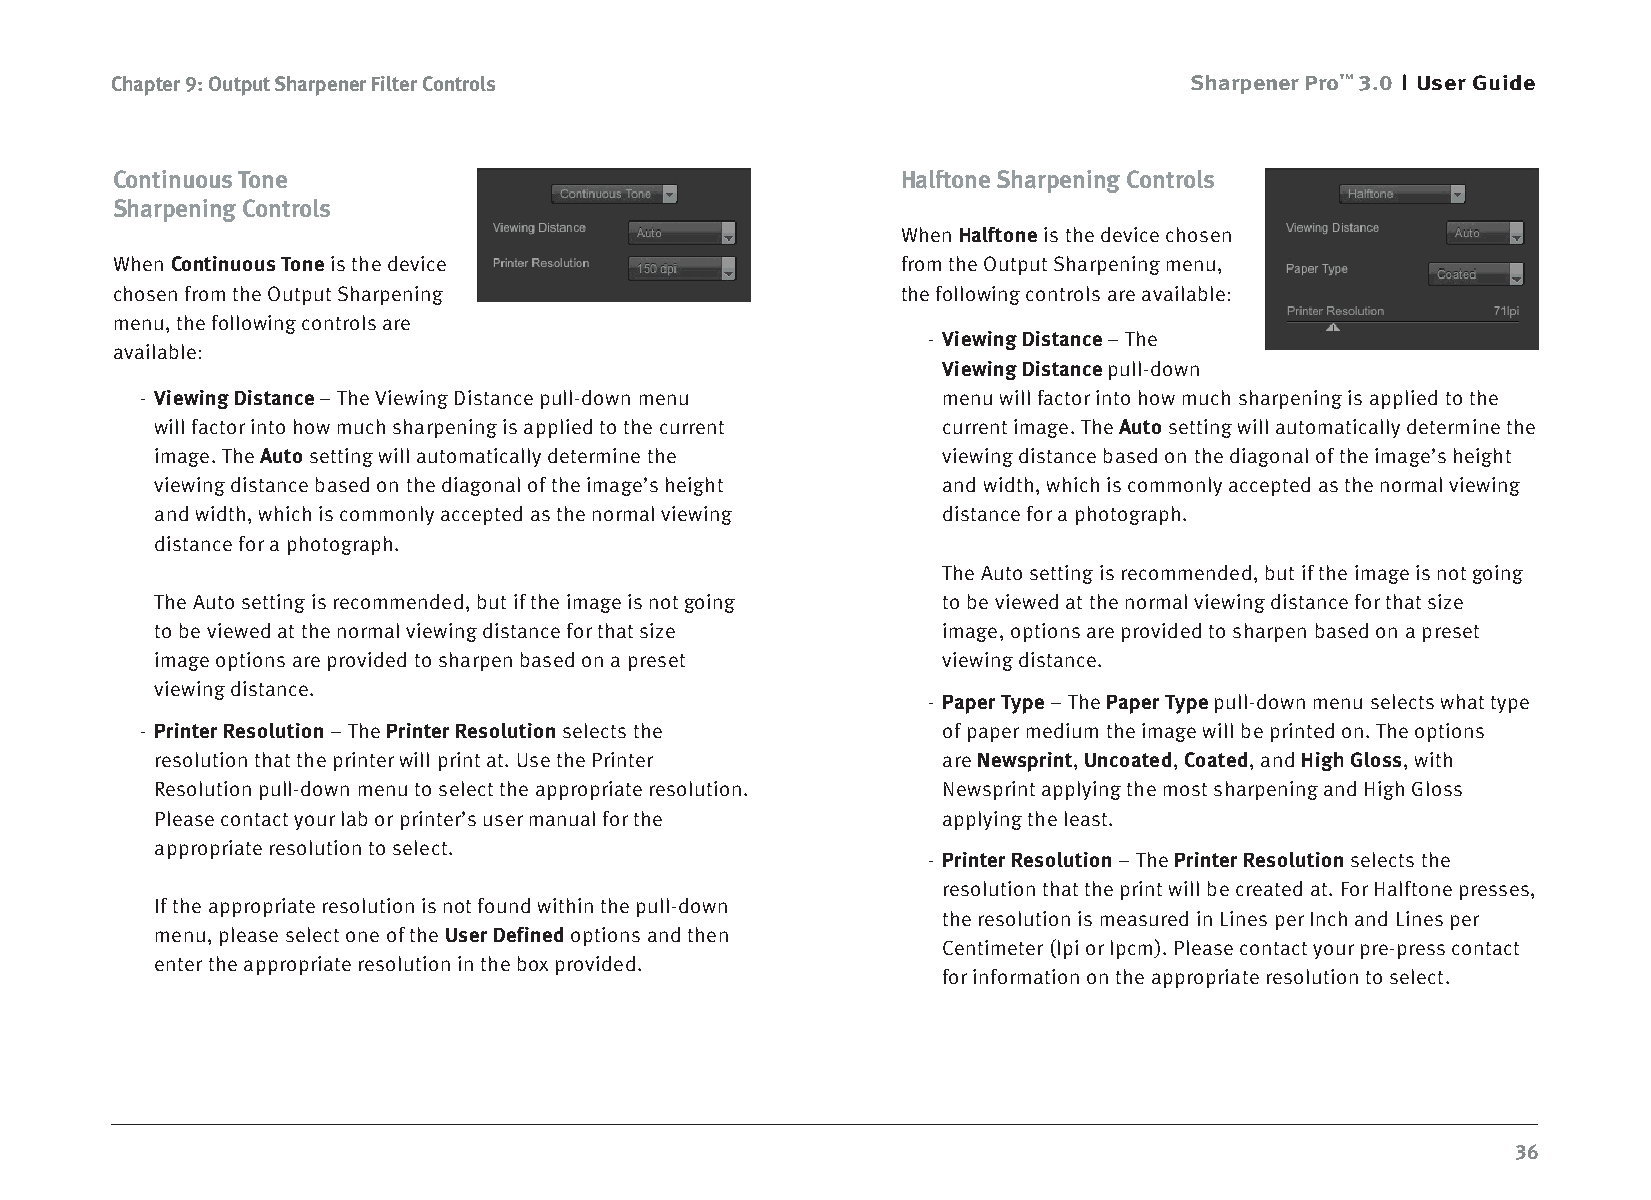
Chapter 9: Output Sharpener Filter Controls                             Sharpener Pro™ 3.0 User Guide
 Continuous Tone                                      Halftone Sharpening Controls
 Sharpening Controls
 When Halftone is the device chosen
 When Continuous Tone is the device                   from the Output Sharpening menu,
 chosen from the Output Sharpening                    the following controls are available:
 menu, the following controls are
 - Viewing Distance – The
 available:
 Viewing Distance pull-down
 - Viewing Distance – The Viewing Distance pull-down menu menu will factor into how much sharpening is applied to the
 will factor into how much sharpening is applied to the current current image. The Auto setting will automatically determine the
 image. The Auto setting will automatically determine the viewing distance based on the diagonal of the image’s height
 viewing distance based on the diagonal of the image’s height and width, which is commonly accepted as the normal viewing
 and width, which is commonly accepted as the normal viewing distance for a photograph.
 distance for a photograph.
 The Auto setting is recommended, but if the image is not going
 The Auto setting is recommended, but if the image is not going to be viewed at the normal viewing distance for that size
 to be viewed at the normal viewing distance for that size image, options are provided to sharpen based on a preset
 image options are provided to sharpen based on a preset viewing distance.
 viewing distance.
 - Paper Type – The Paper Type pull-down menu selects what type
 - Printer Resolution – The Printer Resolution selects the of paper medium the image will be printed on. The options
 resolution that the printer will print at. Use the Printer are Newsprint, Uncoated, Coated, and High Gloss, with
 Resolution pull-down menu to select the appropriate resolution. Newsprint applying the most sharpening and High Gloss
 Please contact your lab or printer’s user manual for the applying the least.
 appropriate resolution to select.
 - Printer Resolution – The Printer Resolution selects the
 resolution that the print will be created at. For Halftone presses,
 If the appropriate resolution is not found within the pull-down
 the resolution is measured in Lines per Inch and Lines per
 menu, please select one of the User Defined options and then
 Centimeter (lpi or lpcm). Please contact your pre-press contact
 enter the appropriate resolution in the box provided.
 for information on the appropriate resolution to select.
 36